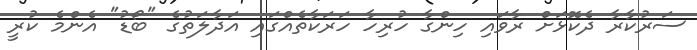
ސަރުކާރާ ދެކޮޅަށް ރާވައި ހިންގާ ހުރިހާ ހަރަކާތެއްގައި އަދާލަތުގެ "ބޯޑު" އެންމެ ކުރީ